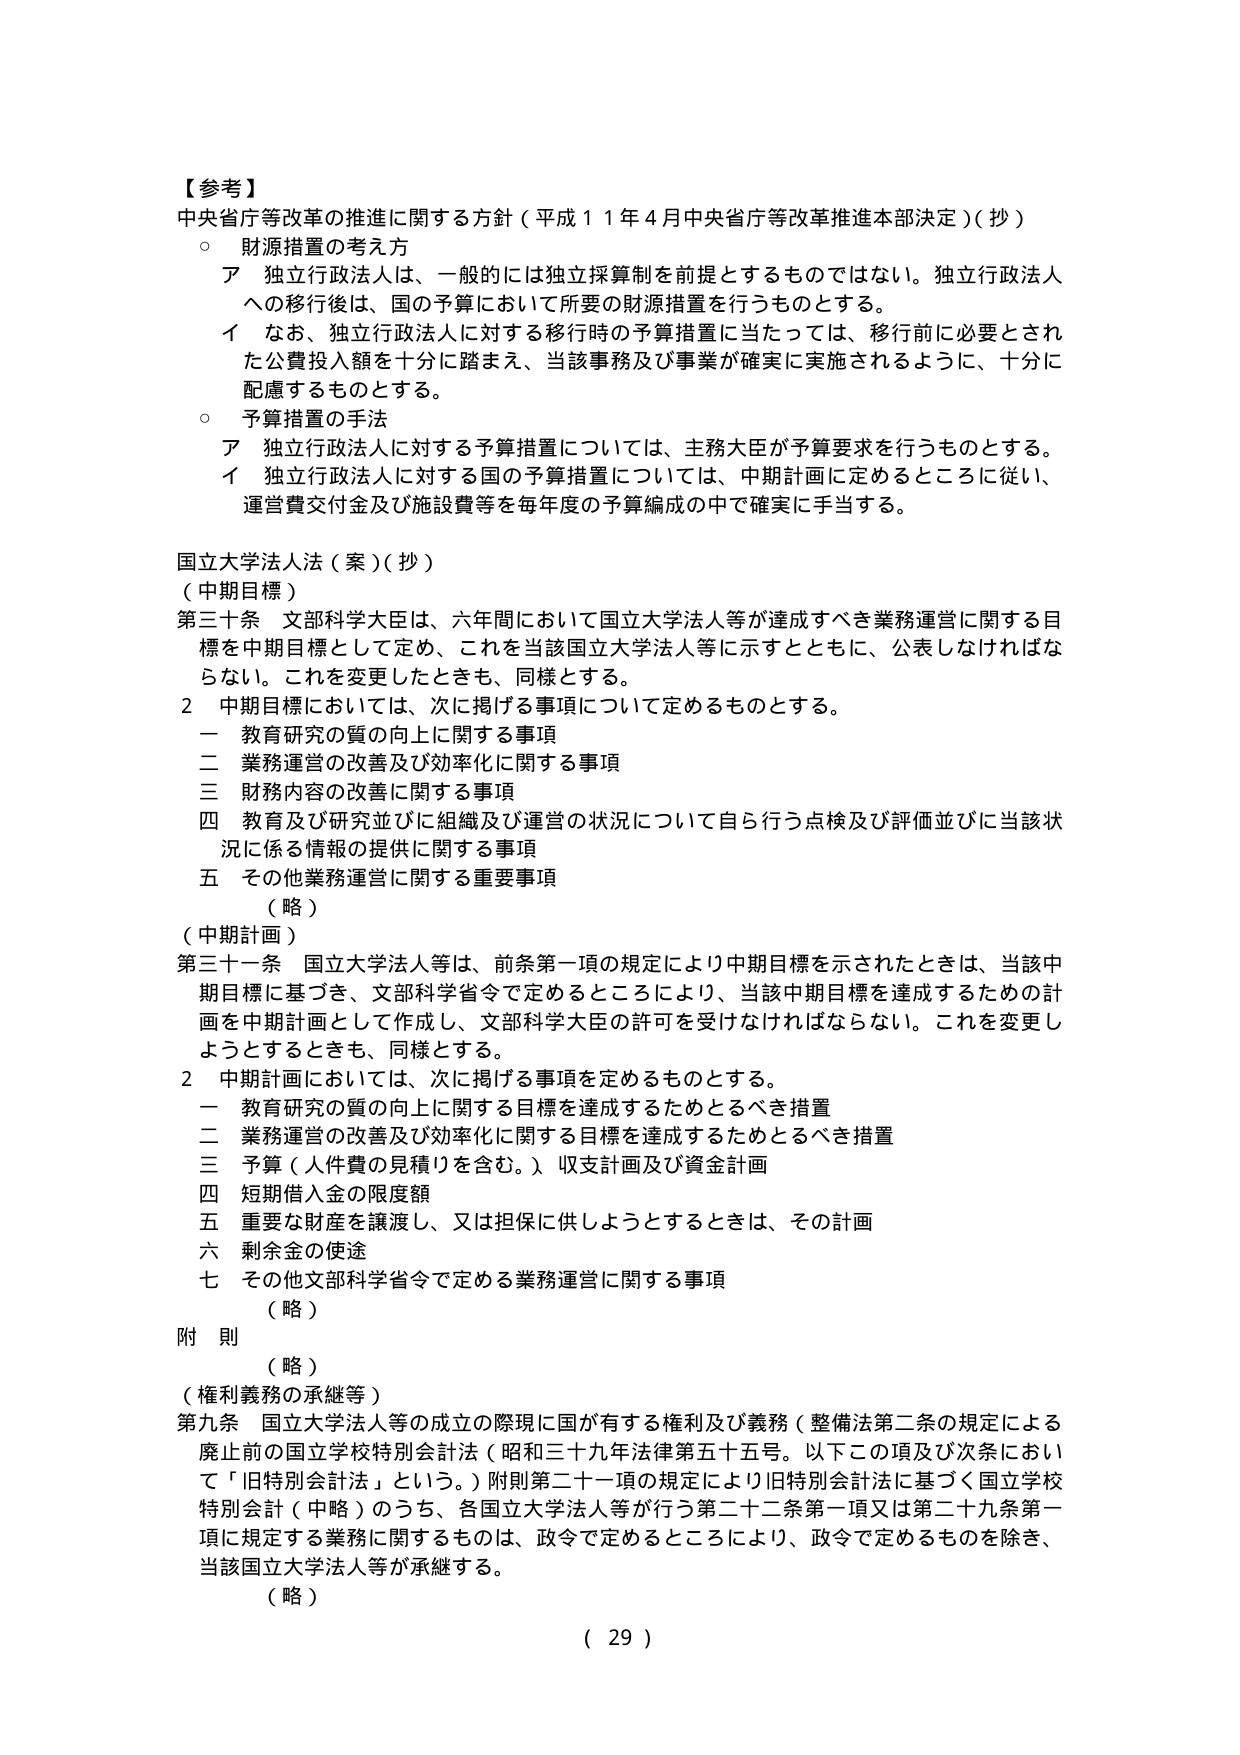
【参考】
中央省庁等改革の推進に関する方針（平成１１年４月中央省庁等改革推進本部決定）（抄）
○ 財源措置の考え方
　ア 独立行政法人は、一般的には独立採算制を前提とするものではない。独立行政法人への移行後は、国の予算において所要の財源措置を行うものとする。
　イ なお、独立行政法人に対する移行時の予算措置に当たっては、移行前に必要とされた公費投入額を十分に踏まえ、当該事務及び事業が確実に実施されるように、十分に配慮するものとする。
○ 予算措置の手法
　ア 独立行政法人に対する予算措置については、主務大臣が予算要求を行うものとする。
　イ 独立行政法人に対する国の予算措置については、中期計画を定めるところに従い、運営費交付金及び施設費等を毎年度の予算編成の中で確実に手当する。

国立大学法人法（案）（抄）
（中期目標）
第三十条 文部科学大臣は、六年間において国立大学法人等が達成すべき業務運営に関する目標を中期目標として定め、これを当該国立大学法人等に示すとともに、公表しなければならない。これを変更したときも、同様とする。
２ 中期目標においては、次に掲げる事項について定めるものとする。
　一 教育研究の質の向上に関する事項
　二 業務運営の改善及び効率化に関する事項
　三 財務内容の改善に関する事項
　四 教育及び研究並びに組織及び運営の状況について自ら行う点検及び評価並びに当該状況に係る情報の提供に関する事項
　五 その他業務運営に関する重要事項
　　（略）
（中期計画）
第三十一条 国立大学法人等は、前条第一項の規定により中期目標を示されたときは、当該中期目標に基づき、文部科学省令で定めるところにより、当該中期目標を達成するための計画を中期計画として作成し、文部科学大臣の許可を受けなければならない。これを変更しようとするときも、同様とする。
２ 中期計画においては、次に掲げる事項を定めるものとする。
　一 教育研究の質の向上に関する目標を達成するためとるべき措置
　二 業務運営の改善及び効率化に関する目標を達成するためとるべき措置
　三 予算（人件費の見積りを含む。）収支計画及び資金計画
　四 短期借入金の限度額
　五 重要な財産を譲渡し、又は担保に供しようとするときは、その計画
　六 剰余金の使途
　七 その他文部科学省令で定める業務運営に関する事項
　　（略）
附 則
　　（略）
（権利義務の承継等）
第九条 国立大学法人等の成立の際現に国が有する権利及び義務（整備法第二条の規定による廃止前の国立学校特別会計法（昭和三十九年法律第五十五号。以下この項及び次条において「旧特別会計法」という。）附則第二十一項の規定により旧特別会計法に基づく国立学校特別会計（中略）のうち、各国立大学法人等が行う第二十二条第一項又は第二十九条第一項に規定する業務に関するものは、政令で定めるところにより、政令で定めるものを除き、当該国立大学法人等が承継する。
　　（略）
（ 29 ）